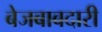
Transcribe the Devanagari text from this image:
बेजबाबदारी